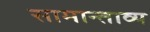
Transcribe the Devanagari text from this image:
सामान्ताव्य